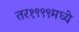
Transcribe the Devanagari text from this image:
तर१९९९मध्ये